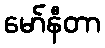
မော်နီတာ